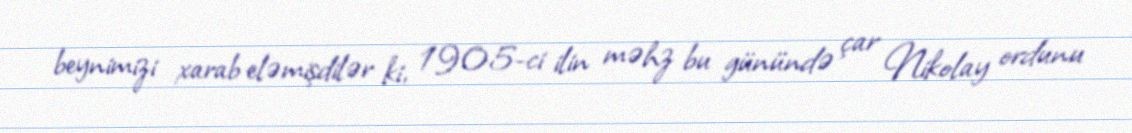
beynimizi xarab eləmişdilər ki, 1905-ci ilin məhz bu günündə çar Nikolay ordunu